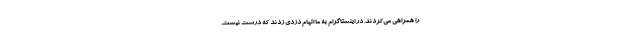
را همراهی می‌کردند. در اینستاگرام به ما اتهام دزدی زدند که درست نیست.